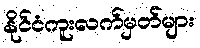
နိုင်ငံကူးလက်မှတ်များ